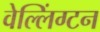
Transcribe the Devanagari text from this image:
वेल्लिंग्टन